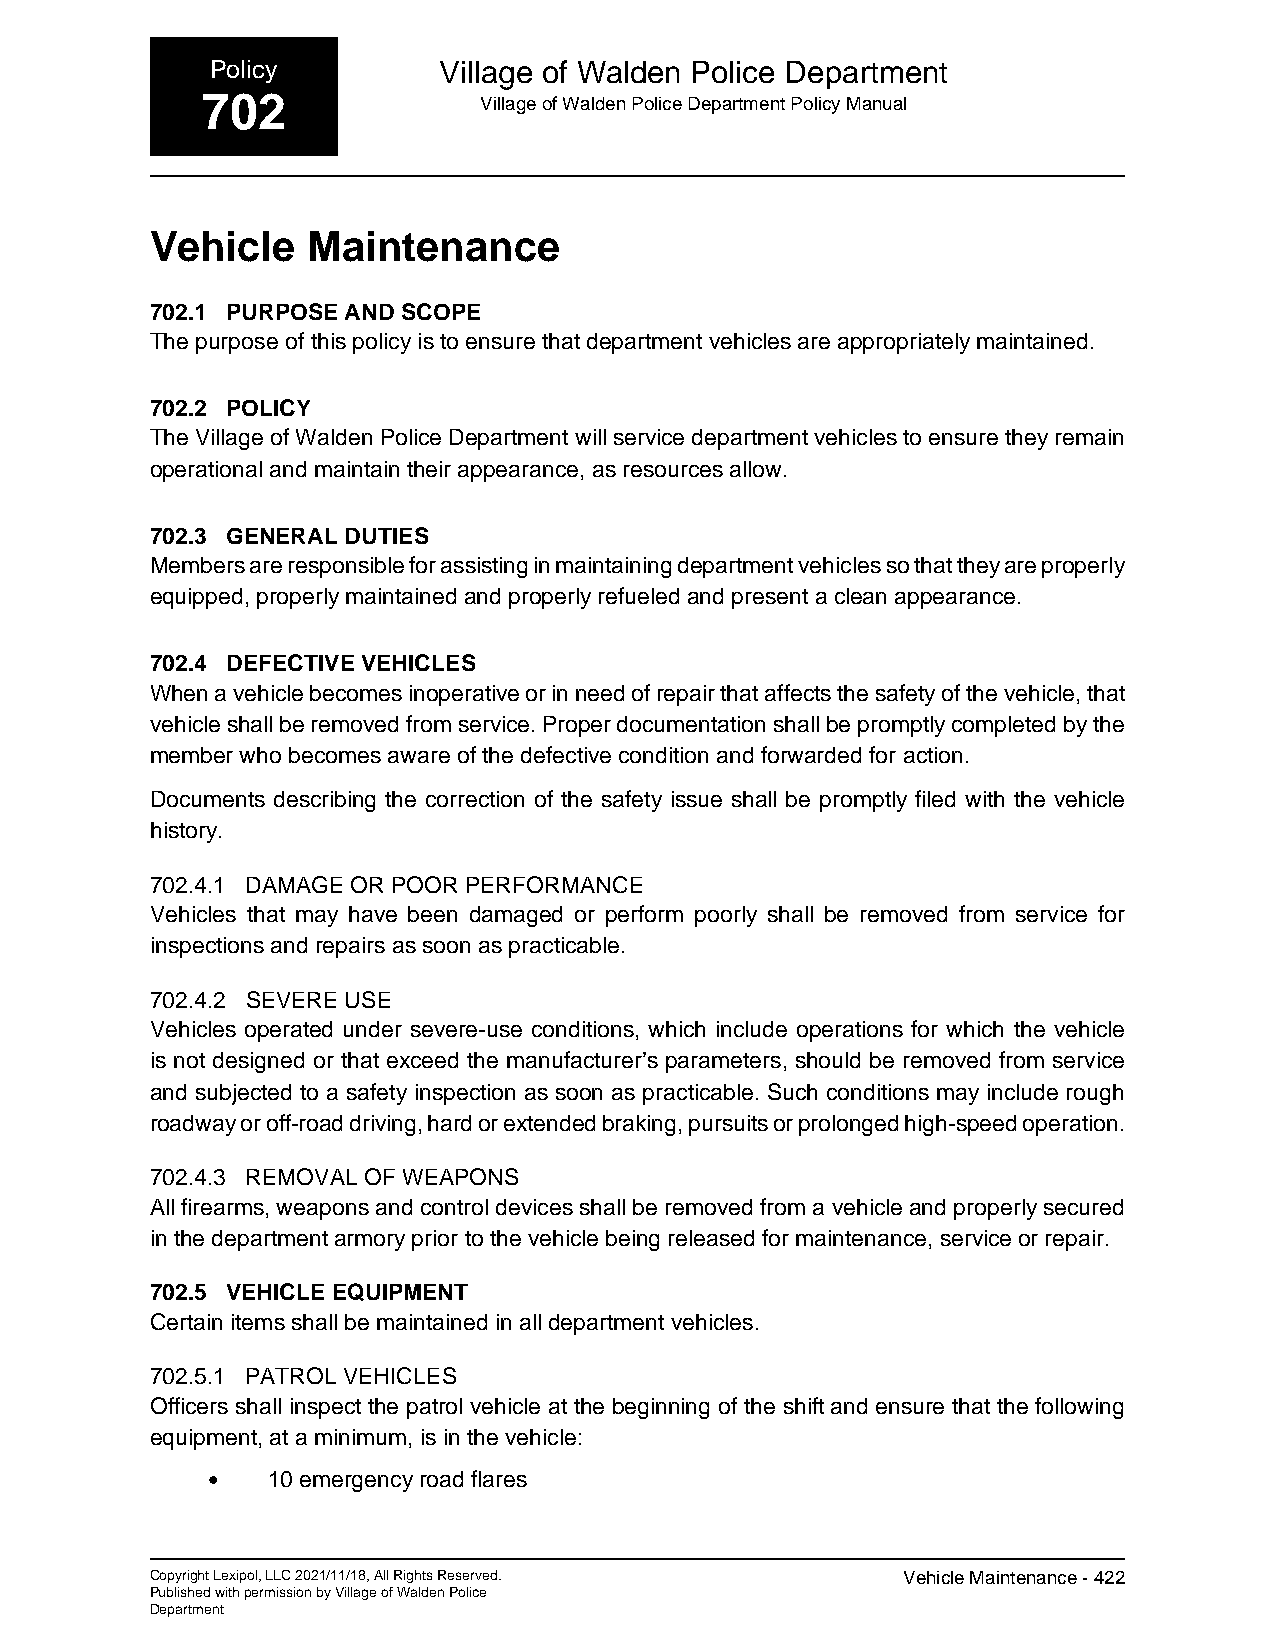
Policy         Village of Walden Police Department
 702                Village of Walden Police Department Policy Manual
 Vehicle   Maintenance
 702.1 PURPOSE AND SCOPE
 The purpose of this policy is to ensure that department vehicles are appropriately maintained.
 702.2 POLICY
 The Village of Walden Police Department will service department vehicles to ensure they remain
 operational and maintain their appearance, as resources allow.
 702.3 GENERAL DUTIES
 Members are responsible for assisting in maintaining department vehicles so that they are properly
 equipped, properly maintained and properly refueled and present a clean appearance.
 702.4 DEFECTIVE VEHICLES
 When a vehicle becomes inoperative or in need of repair that affects the safety of the vehicle, that
 vehicle shall be removed from service. Proper documentation shall be promptly completed by the
 member who becomes aware of the defective condition and forwarded for action.
 Documents describing the correction of the safety issue shall be promptly filed with the vehicle
 history.
 702.4.1 DAMAGE OR POOR PERFORMANCE
 Vehicles that may have been damaged or perform poorly shall be removed from service for
 inspections and repairs as soon as practicable.
 702.4.2 SEVERE USE
 Vehicles operated under severe-use conditions, which include operations for which the vehicle
 is not designed or that exceed the manufacturer’s parameters, should be removed from service
 and subjected to a safety inspection as soon as practicable. Such conditions may include rough
 roadway or off-road driving, hard or extended braking, pursuits or prolonged high-speed operation.
 702.4.3 REMOVAL OF WEAPONS
 All firearms, weapons and control devices shall be removed from a vehicle and properly secured
 in the department armory prior to the vehicle being released for maintenance, service or repair.
 702.5 VEHICLE EQUIPMENT
 Certain items shall be maintained in all department vehicles.
 702.5.1 PATROL VEHICLES
 Officers shall inspect the patrol vehicle at the beginning of the shift and ensure that the following
 equipment, at a minimum, is in the vehicle:
 •   10 emergency road flares
 Copyright Lexipol, LLC 2021/11/18, All Rights Reserved. Vehicle Maintenance - 422
 Published with permission by Village of Walden Police
 Department